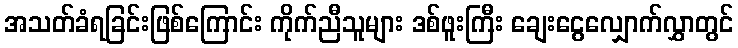
အသတ်ခံရခြင်းဖြစ်ကြောင်း ကိုက်ညီသူများ ဒစ်ဖူးကြီး ချေးငွေလျှောက်လွှာတွင်